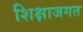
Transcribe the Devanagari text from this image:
शिक्षाजगत